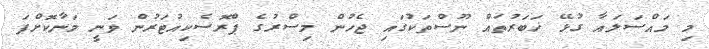
މި މައްސަލައާ ގުޅޭ ޚަބަރުތައް ނޫސްތަކުގައި ޖެހުން މިސްރުގެ ޕްރޮސެކިއުޓަރުން ވަނީ މަނާކޮށްފަ